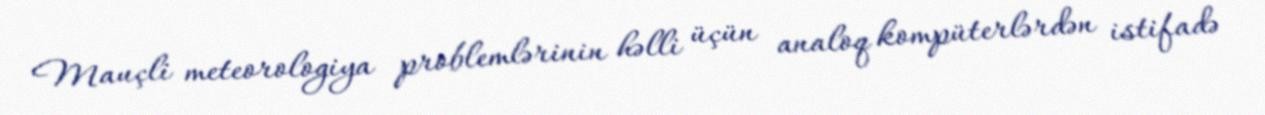
Mauçli meteorologiya problemlərinin həlli üçün analoq kompüterlərdən istifadə